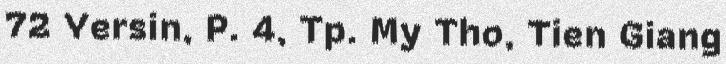
72 Yersin, P. 4, Tp. My Tho, Tien Giang